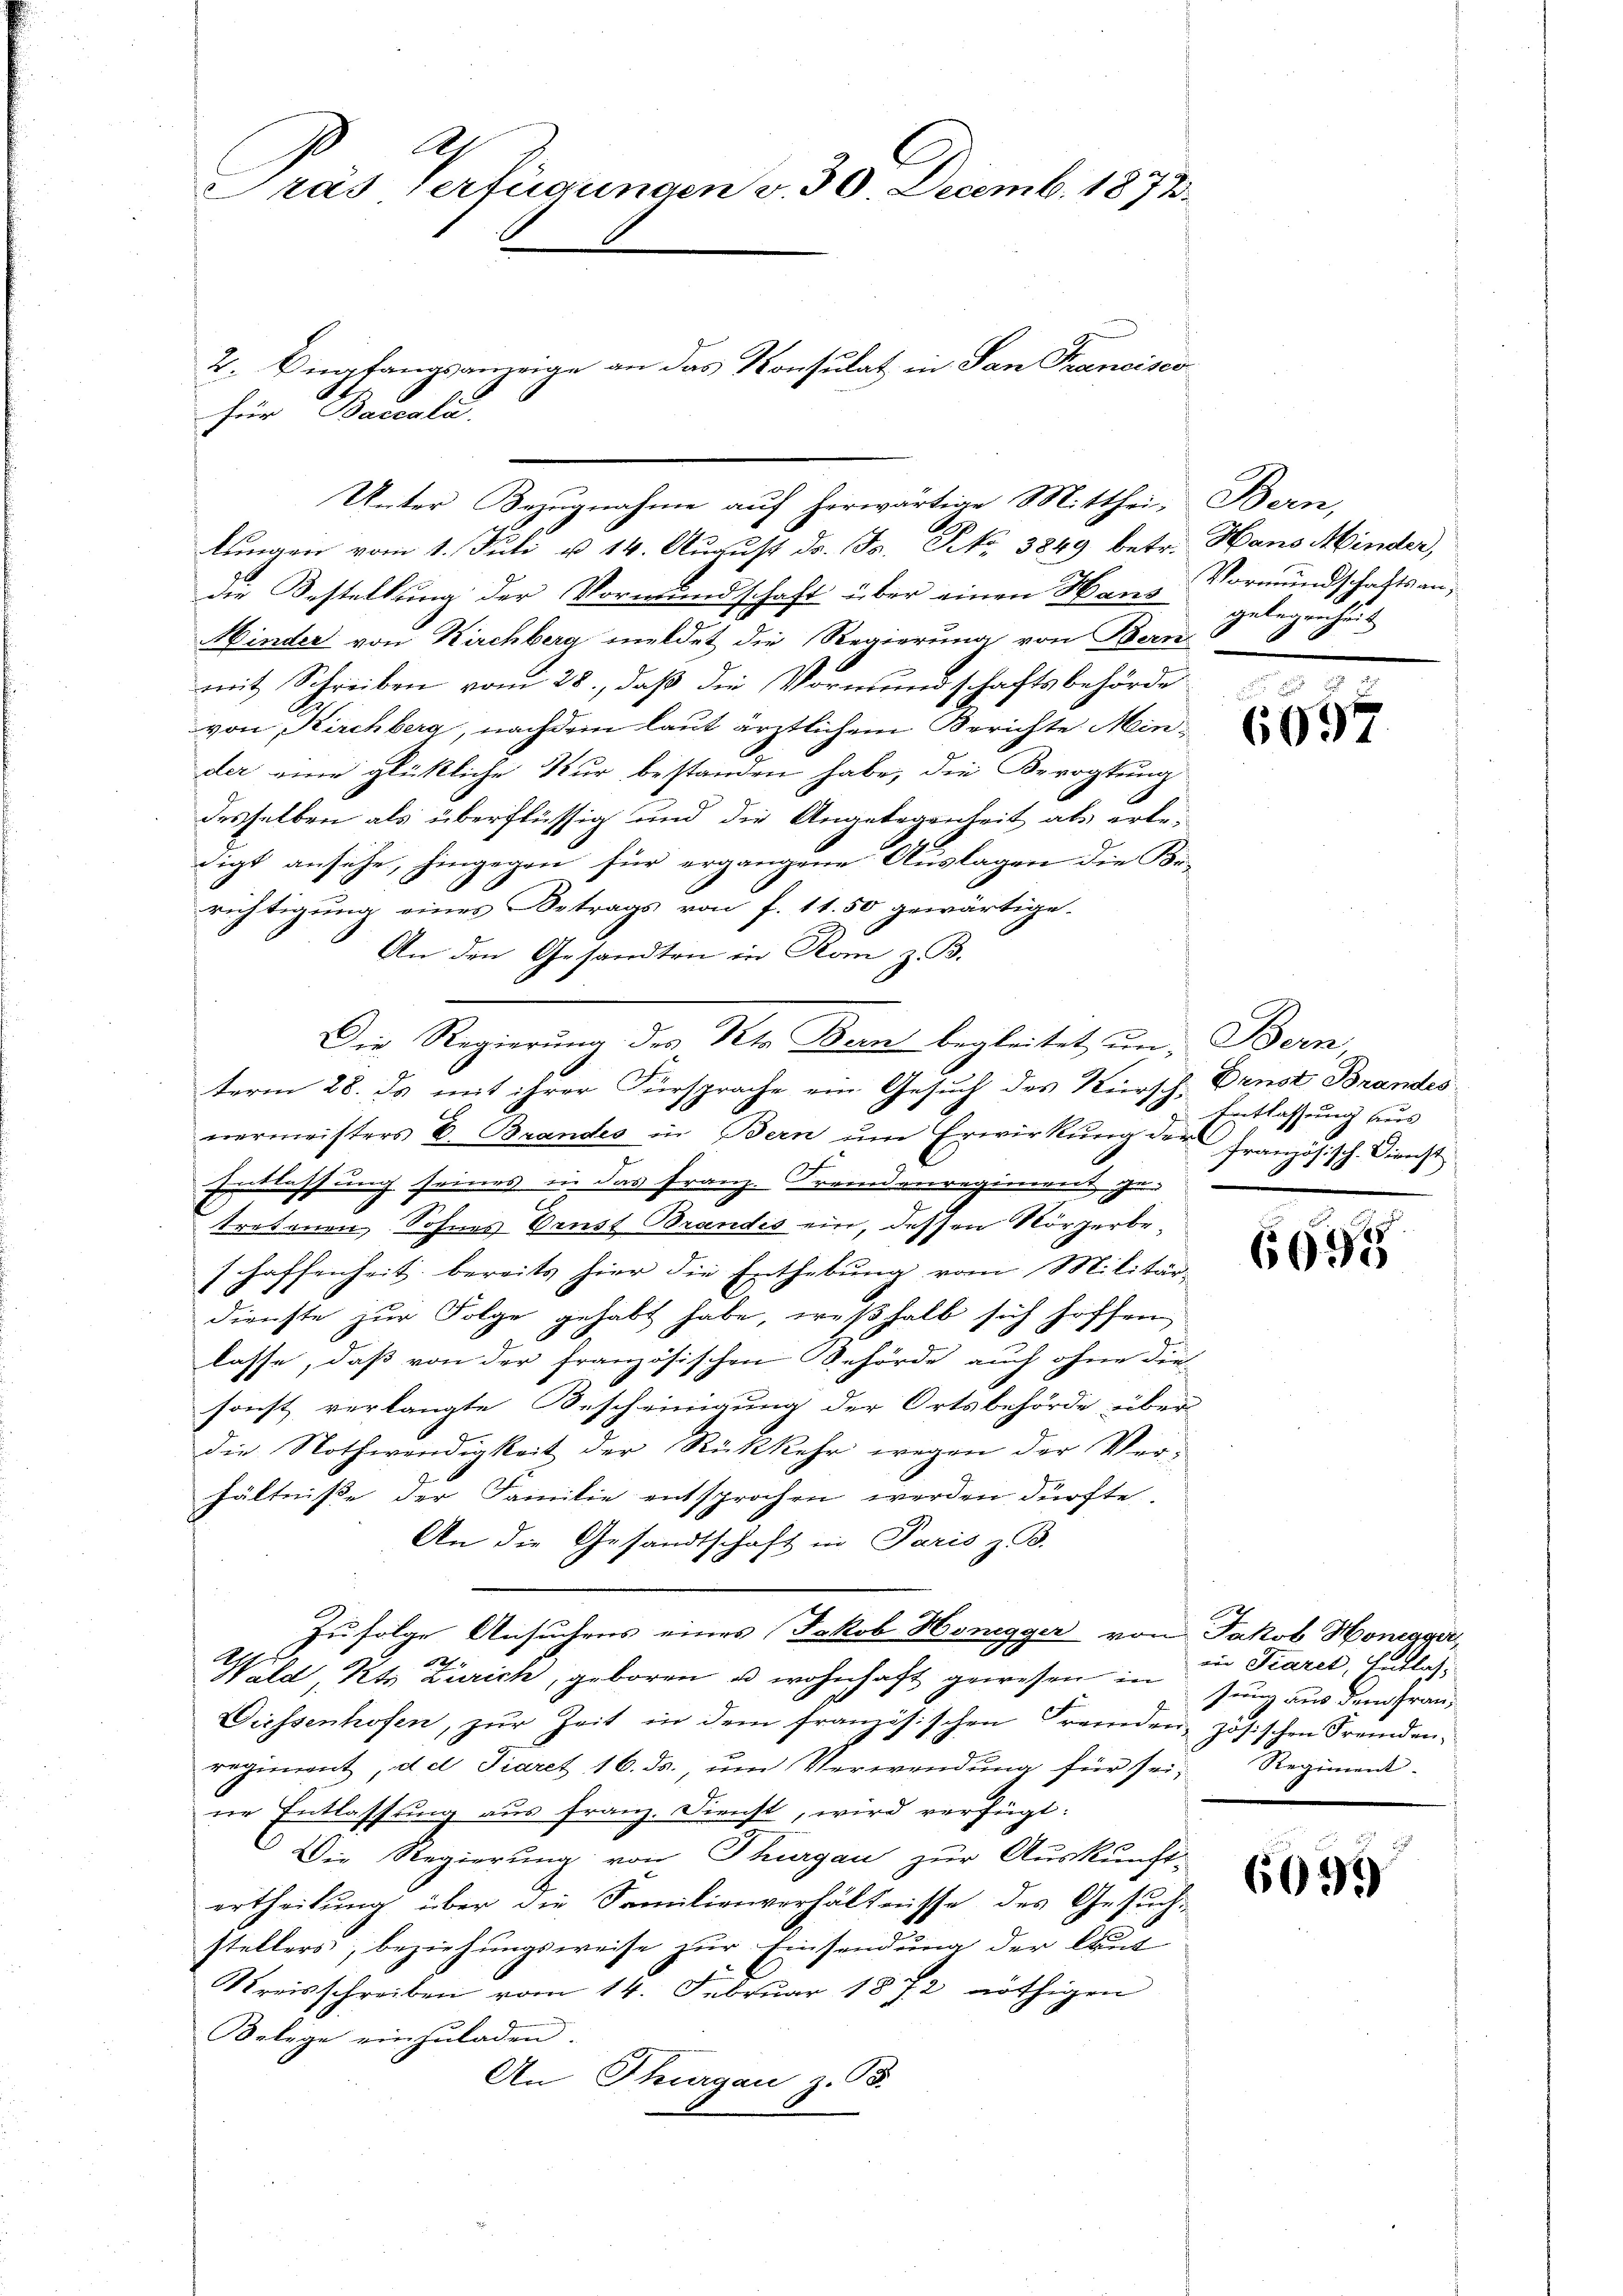
A
ras Verfügungen v. 30. Decemb. 1872.

für Baccala.

2. Empfangsanzeige an das Konsulat in San Francisco

Unter Bezugnahme auf herwärtige Mitthei-
lungen vom 1. Juli u. 14. August d. Js. No 3849 betr.
die Bestellung der Vormundschaft über einen Haus
Minder von Kirchberg meldet die Regierung von Bern
mit Schreiben vom 28., daß die Vormundschaftsbehörde
von Kirchberg, nachdem laut ärztlichem Berichte Minder eine glückliche Nur bestanden habe, die Bevogtung
desselben als überflüssig und die Angelegenheit als erbe-
digt ansehe, hingegen für ergangene Auslagen die Be-
richtigung eines Betrags von f. 11. 50 gewärtige.
An den Gesandten in Rom z. B.
term 28. ds mit ihrer Fürsprache ein Gesuch des Kürsch. Denst Brandes
nermeisters E. Brandes in Bern ŭm Erwirkung der Französisch. Dienst
Entlassung seines in das Franz. Fremdenregiment, zu
tretenen Sohnes Ernst Brandis ein, dessen Körperbe¬
7 hoffenheit bereits hier die Enthebŭng vom Militär-
dienste zur Folge gehabt habe, weßhalb sich hoffen
lasse, daß von der französischen Behörde auch ohne die
sonst verlangte Bescheinigung der Ortsbehörde über
die Nothwendigkeit der Rückkehr wegen der Verhältniße der Familie entsprochen werden dürfte,
An die Gesandtschaft in Paris z. B.
Zufolge Ansuchens eines Jakob Honegger von Jakob Honegger,
A1
22
Wald, Kts Zürich, geboren u. wohnhaft gewesen in
Diessenhofen, zŭr Zeit in dem französischen Fremden, zösischen Fremdenregiment, d. d. Fiaret 16. ds. ŭm Verwendung für sei, Regiment
ne Entlassung aus Franz. Dienst, wird verfügt:
Die Regierung von Thurgau zur Auskunft-
ertheilung über die Familienverhältnisse des Gesuchstellers, beziehungsweise zur Einsendung der laut
Kreisschreiben vom 14. Februar 1872 nöthigen
Belege einzŭladen.
An Thurgau z. B.

Die Regierung des Kts Bern begleitet un; Bern

Bern,
Hans Minder,
Vormundschaftsangelegenheit

6657

Entlassung aus

6695

ei Tiaret, Entlassung aus dem Fran¬

6099